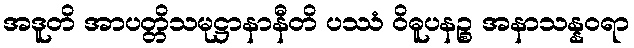
အဒူတိ အာပတ္တိသမုဋ္ဌာနာနီတိ ပဿံ ဝိဓူပနဉ္စ အနာသန္နဝရာ